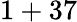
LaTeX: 1+37